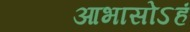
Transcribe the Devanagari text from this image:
आभासोऽहं